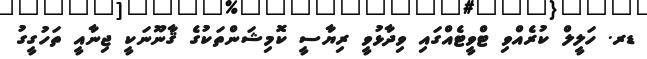
ޑރ. ހަލީލް ކުރެއްވި ޓްވީޓެއްގައި ވިދާޅުވީ ރިޔާސީ ކޮމިޝަންތަކުގެ ޤާނޫނަކީ ޖިނާއީ ތަހުގީގު